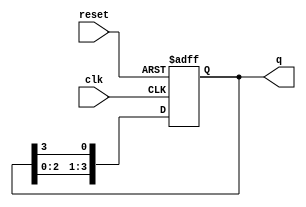
module ring_counter (
    input wire clk,          // Clock input
    input wire reset,        // Asynchronous reset input
    output reg [N-1:0] q     // Output representing the current state
);
    parameter N = 4;         // Number of flip-flops (states)

    // Initial state: only the first flip-flop is set to '1'
    always @(posedge clk or posedge reset) begin
        if (reset) begin
            q <= 1'b1;       // Set the first flip-flop to '1'
        end else begin
            // Shift the '1' to the next flip-flop
            q <= {q[N-2:0], q[N-1]}; // Shift left and wrap around
        end
    end
endmodule